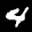
Label: 4